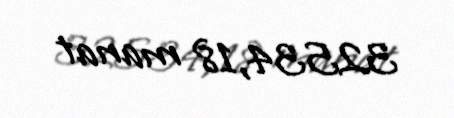
32534,18 manat